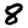
Digit: 8